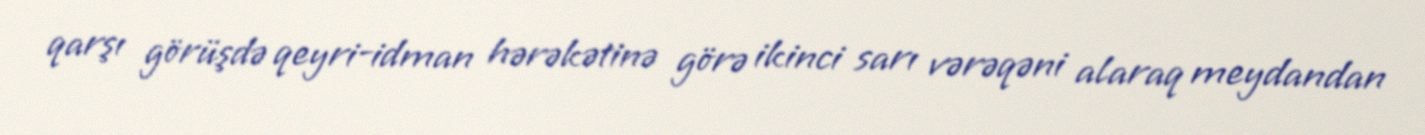
qarşı görüşdə qeyri-idman hərəkətinə görə ikinci sarı vərəqəni alaraq meydandan